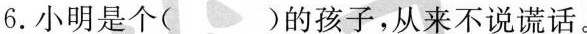
6.小明是个( )的孩子，从来不说谎话。